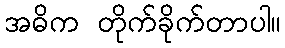
အဓိက တိုက်ခိုက်တာပါ။